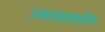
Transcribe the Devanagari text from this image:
उबरठ्यावरील